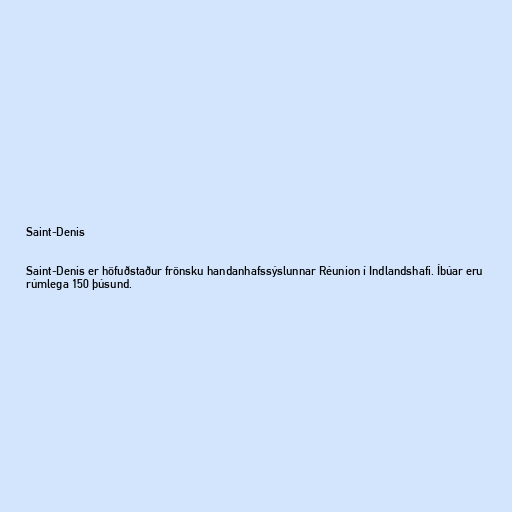
Saint-Denis

Saint-Denis er höfuðstaður frönsku handanhafssýslunnar Réunion í Indlandshafi. Íbúar eru
rúmlega 150 þúsund.